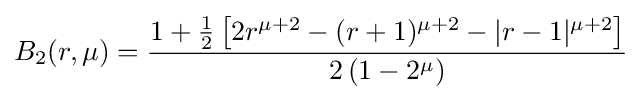
B_{2}(r,\mu )={\frac {1+{\frac {1}{2}}\left[2r^{\mu +2}-(r+1)^{\mu +2}-|r-1|^{\mu +2}\right]}{2\left(1-2^{\mu }\right)}}